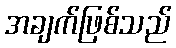
အချက်ဖြစ်သည်